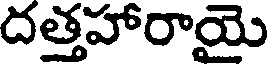
దత్తహారాయై